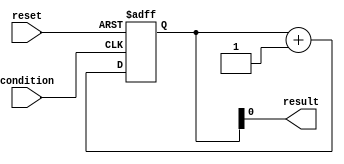
module Loop(
    input wire reset,
    input wire condition,
    output wire result
);

reg [7:0] count;

always @(posedge reset or posedge condition)
begin
    if (reset)
        count <= 0;
    else if (condition)
    begin
        count <= count + 1;

        if (count == 3)
            count <= count + 1;
    end
end

assign result = count;

endmodule